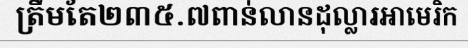
ត្រឹមតែ២៣៥.៧ពាន់លានដុល្លារអាមេរិក